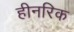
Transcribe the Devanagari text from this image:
हीनरिक